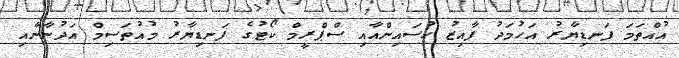
އުއްތަމަ ފަނޑިޔާރު އަހުމަދު ފާއިޒު ހުސައިންއާއި ސްޕްރީމް ކޯޓުގެ ފަނޑިޔާރު މުއުތަސިމް އަދުނާނާއި